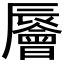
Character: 䢈